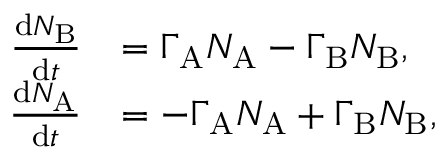
\begin{array} { r l } { \frac { \mathrm { d } N _ { \mathrm { B } } } { \mathrm { d } t } } & { = \Gamma _ { \mathrm { A } } N _ { \mathrm { A } } - \Gamma _ { \mathrm { B } } N _ { \mathrm { B } } , } \\ { \frac { \mathrm { d } N _ { \mathrm { A } } } { \mathrm { d } t } } & { = - \Gamma _ { \mathrm { A } } N _ { \mathrm { A } } + \Gamma _ { \mathrm { B } } N _ { \mathrm { B } } , } \end{array}